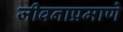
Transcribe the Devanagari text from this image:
जीवनाप्रमाणे